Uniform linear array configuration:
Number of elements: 48
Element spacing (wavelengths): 0.25
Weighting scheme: exponential
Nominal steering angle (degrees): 30
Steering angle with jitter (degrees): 30.322
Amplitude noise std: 0.05
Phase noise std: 0.05

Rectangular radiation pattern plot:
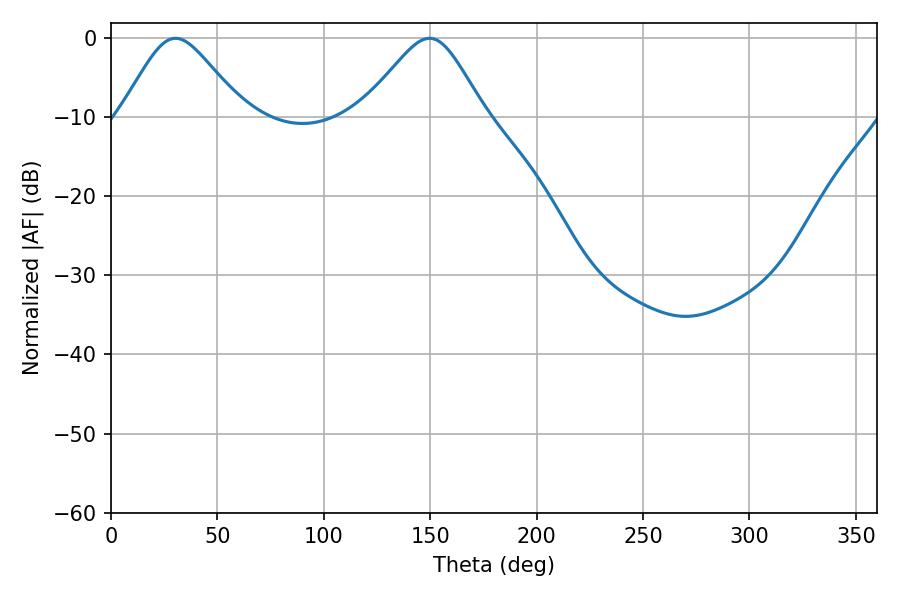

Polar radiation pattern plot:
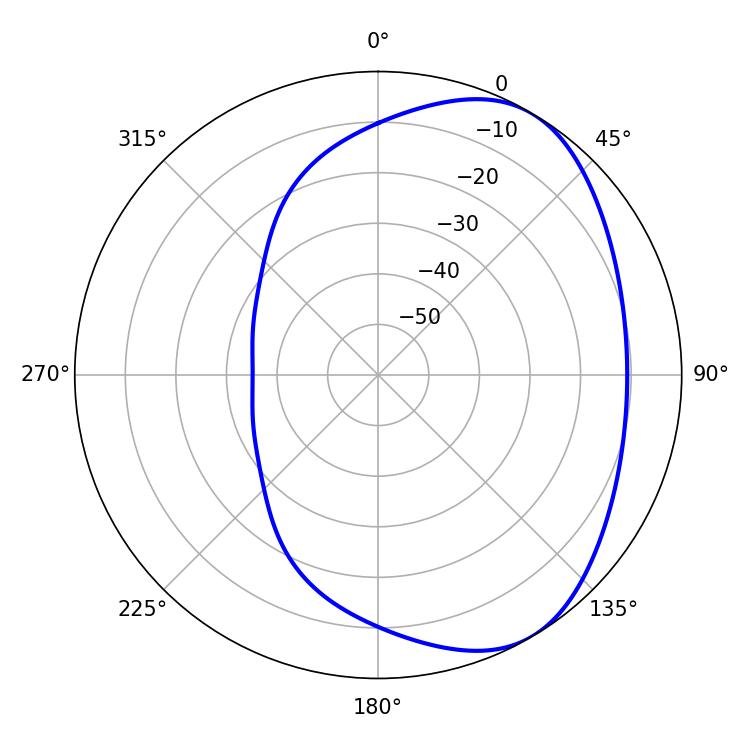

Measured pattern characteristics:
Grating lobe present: FALSE
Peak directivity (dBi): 4.814
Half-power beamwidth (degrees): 28.08
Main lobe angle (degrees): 30.24